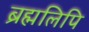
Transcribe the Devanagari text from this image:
ब्रह्मलिपि